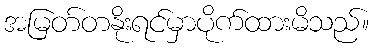
အမြတ်တနိုးရင်မှာပိုက်ထားမိသည်။